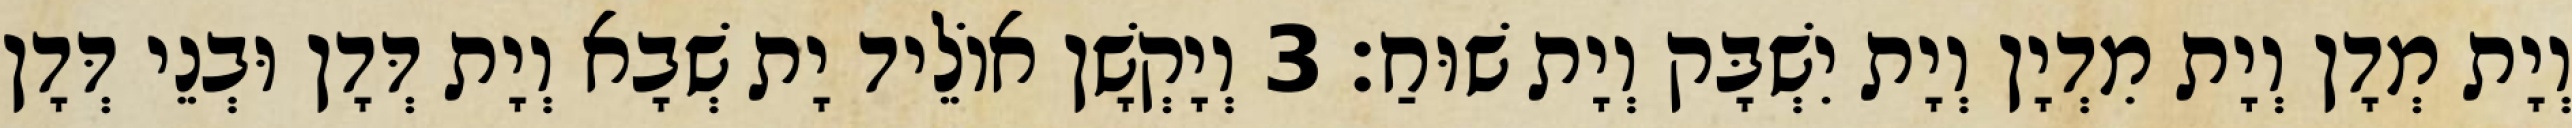
וְיָת מְדָן וְיָת מִדְיָן וְיָת יִשְׁבָּק וְיָת שׁוּחַ׃ 3 וְיָקְשָׁן אוֹלֵיד יָת שְׁבָא וְיָת דְּדָן וּבְנֵי דְּדָן